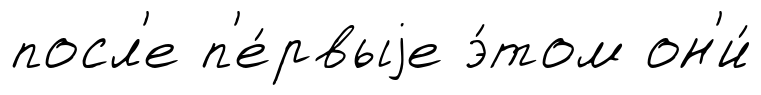
посл'е п'е́рвыjе э́том он'и́